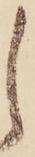
し